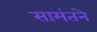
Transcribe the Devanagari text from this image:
सामंतने